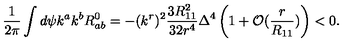
\frac { 1 } { 2 \pi } \int d \psi k ^ { a } k ^ { b } R _ { a b } ^ { 0 } = - ( k ^ { r } ) ^ { 2 } \frac { 3 R _ { 1 1 } ^ { 2 } } { 3 2 r ^ { 4 } } \Delta ^ { 4 } \left( 1 + { \cal O } ( \frac { r } { R _ { 1 1 } } ) \right) < 0 .